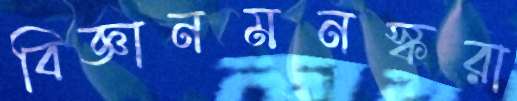
বিজ্ঞানমনস্করা